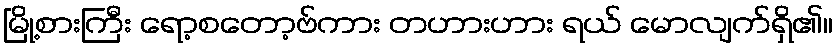
မြို့စားကြီး ရော့စတော့ဗ်ကား တဟားဟား ရယ် မောလျက်ရှိ၏။